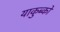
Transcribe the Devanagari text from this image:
याकुब्को